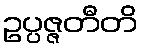
ဥပ္ပဇ္ဇတီတိ